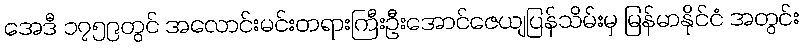
အေဒီ ၁၇၅၉တွင် အလောင်းမင်းတရားကြီးဦးအောင်ဇေယျပြန်သိမ်းမှ မြန်မာနိုင်ငံ အတွင်း